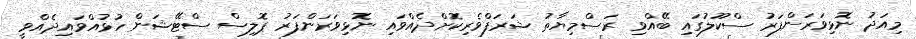
މިއަދު ނޮޅިވަރަންފަރު ސްކޫލުގައި ބޭއްވި ރަސްމިޔާތު ޝަރަފްވެރިކޮށްދެއްވައި ނޮޅިވަރަންފަރު ޕޮލިސް ސްޓޭޝަން ހުޅުއްވައިދެއްވީ